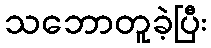
သဘောတူခဲ့ပြီး